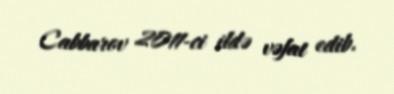
Cabbarov 2011-ci ildə vəfat edib.